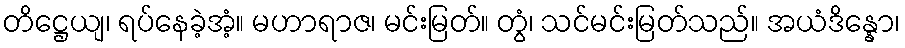
တိဋ္ဌေယျ၊ ရပ်နေခဲ့အံ့။ မဟာရာဇ၊ မင်းမြတ်။ တွံ၊ သင်မင်းမြတ်သည်။ အယံဒိန္နော၊